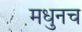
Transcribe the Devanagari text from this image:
मधुनच